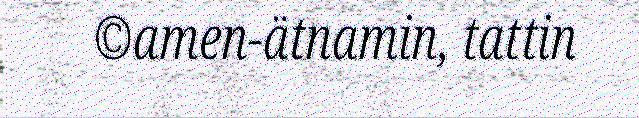
©amen-ätnamin, tattin